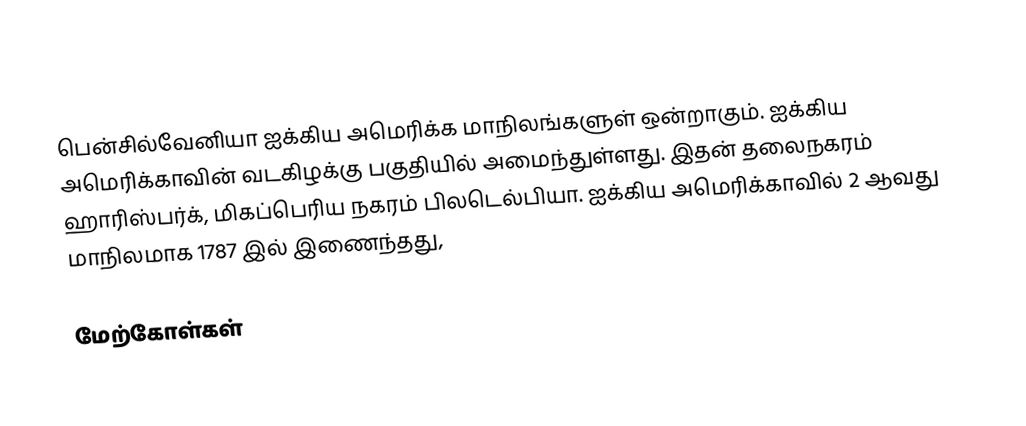
பென்சில்வேனியா ஐக்கிய அமெரிக்க மாநிலங்களுள் ஒன்றாகும். ஐக்கிய அமெரிக்காவின் வடகிழக்கு பகுதியில் அமைந்துள்ளது. இதன் தலைநகரம் ஹாரிஸ்பர்க், மிகப்பெரிய நகரம் பிலடெல்பியா. ஐக்கிய அமெரிக்காவில் 2 ஆவது மாநிலமாக 1787 இல் இணைந்தது,

மேற்கோள்கள்